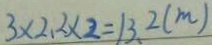
3 \times 2 . 2 \times 2 = 1 3 . 2 ( m )